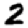
Digit: 2